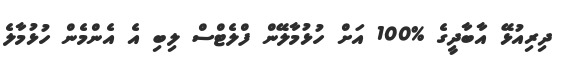
ދިރިއުޅޭ އާބާދީގެ %100 އަށް ހުޅުމާލޭން ފްލެޓްސް ލިބި އެ އެންމެން ހުޅުމާލެ